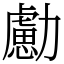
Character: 勴